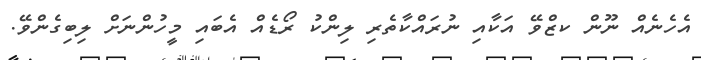
އެހެނެއް ނޫން ކޒްވޭ އަކާއި ނުރައްކާތެރި ލިންކު ރޯޑެއް އެބައި މީހުންނަށް ލިބިގެންވޭ.